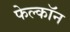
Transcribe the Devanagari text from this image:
फेल्काॅन